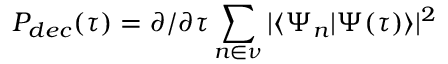
P _ { d e c } ( \tau ) = \partial / \partial \tau \sum _ { n \in \nu } | \langle \Psi _ { n } | \Psi ( \tau ) \rangle | ^ { 2 }